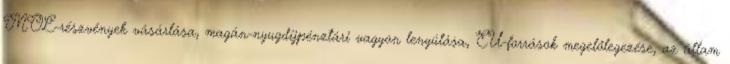
MOL-részvények vásárlása, magán-nyugdíjpénztári vagyon lenyúlása, EU-források megelőlegezése, az állam